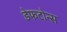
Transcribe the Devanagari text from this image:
डेफटोन्स